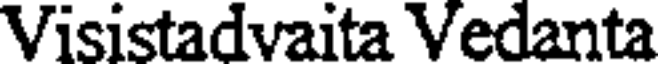
Visistadvaita Vedanta